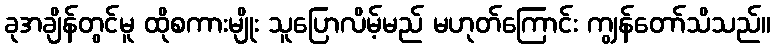
ခုအချိန်တွင်မူ ထိုစကားမျိုး သူပြောလိမ့်မည် မဟုတ်ကြောင်း ကျွန်တော်သိသည်။